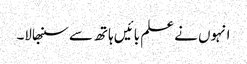
انہوں نے علم بائیں ہاتھ سے سنبھالا۔